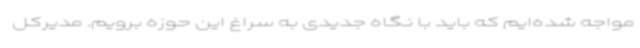
مواجه شده‌ایم که باید با نگاه جدیدی به سراغ این حوزه برویم. مدیرکل